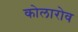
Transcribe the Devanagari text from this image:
कोलारोव